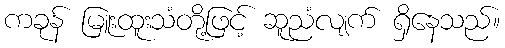
ကခုန် မြူးထူးသံတို့ဖြင့် ဆူညံလျက် ရှိနေသည်။